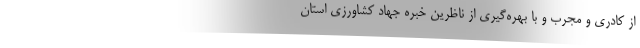
از کادری و مجرب و با بهره‌گیری از ناظرین خبره جهاد کشاورزی استان